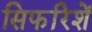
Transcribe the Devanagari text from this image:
सिफरिशें